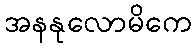
အနနုလောမိကေ